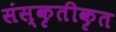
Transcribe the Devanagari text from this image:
संस्कृतीकृत